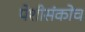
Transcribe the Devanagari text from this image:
पेशीसंकोच